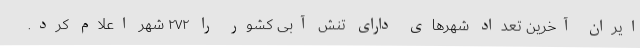
ایران آخرین تعداد شهرهای دارای تنش آبی کشور را ۲۷۲ شهر اعلام کرد.